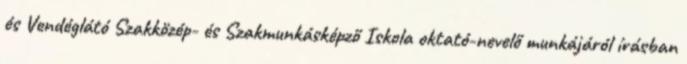
és Vendéglátó Szakközép- és Szakmunkásképző Iskola oktató-nevelő munkájáról írásban